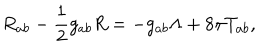
R _ { a b } - \frac 1 2 g _ { a b } R = - g _ { a b } \Lambda + 8 \pi T _ { a b } ,